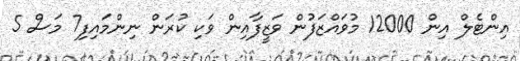
އިންޓެލް އިން 12000 މުވައްޒަފުން ވަޒީފާއިން ވަކި ކުރަން ނިންމައިފި7 މަސް 5